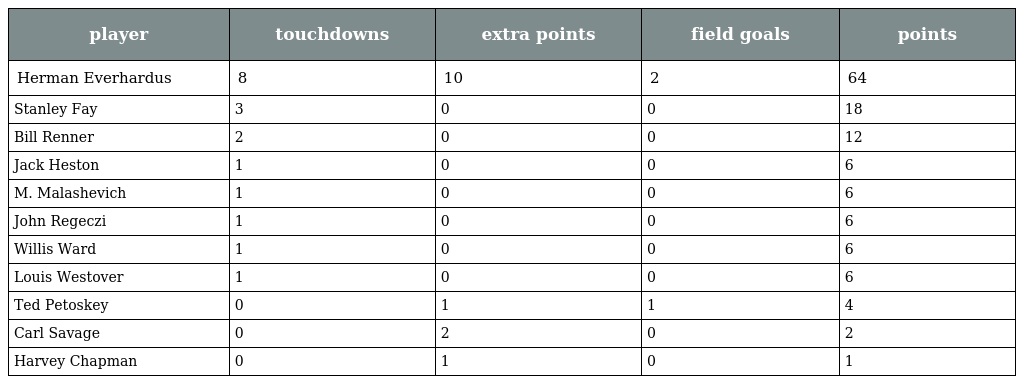
| player | touchdowns | extra points | field goals | points |
 | --- | --- | --- | --- | --- |
 | Herman Everhardus | 8 | 10 | 2 | 64 |
 | Stanley Fay | 3 | 0 | 0 | 18 |
 | Bill Renner | 2 | 0 | 0 | 12 |
 | Jack Heston | 1 | 0 | 0 | 6 |
 | M. Malashevich | 1 | 0 | 0 | 6 |
 | John Regeczi | 1 | 0 | 0 | 6 |
 | Willis Ward | 1 | 0 | 0 | 6 |
 | Louis Westover | 1 | 0 | 0 | 6 |
 | Ted Petoskey | 0 | 1 | 1 | 4 |
 | Carl Savage | 0 | 2 | 0 | 2 |
 | Harvey Chapman | 0 | 1 | 0 | 1 |